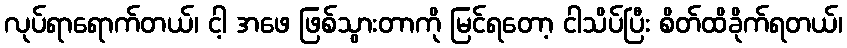
လုပ်ရာရောက်တယ်၊ ငါ့ အဖေ ဖြစ်သွားတာကို မြင်ရတော့ ငါသိပ်ပြီး စိတ်ထိခိုက်ရတယ်၊